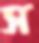
স